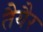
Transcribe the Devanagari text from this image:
तैयैर